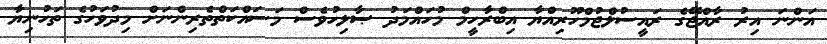
އަންނަ އިރު ރާއްޖޭގެ ރައީސުލްޖުމްހޫރިއްޔާ އިބްރާހީމް މުހައްމަދު ޞާލިހުވެސް މަސައްކަތްތެރިންނަށް މިދުވަހުގެ ތަހުނިޔާ